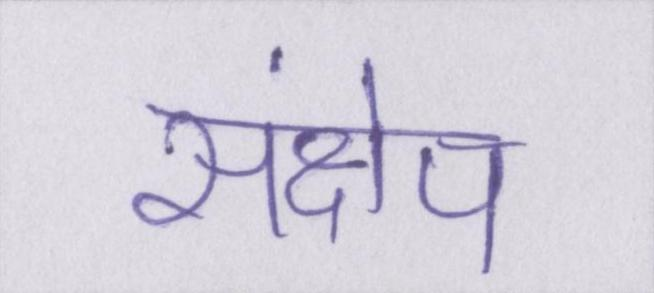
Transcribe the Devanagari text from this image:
संक्षेप